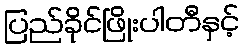
ပြည်ခိုင်ဖြိုးပါတီနှင့်